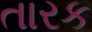
તારક